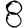
Digit: 8